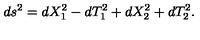
d s ^ { 2 } = d X _ { 1 } ^ { 2 } - d T _ { 1 } ^ { 2 } + d X _ { 2 } ^ { 2 } + d T _ { 2 } ^ { 2 } .